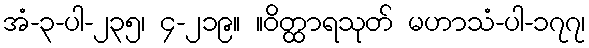
အံ-၃-ပါ-၂၃၅၊ ၄-၂၁၉။ ။ဝိတ္ထာရသုတ် မဟာသံ-ပါ-၁၇၇၊